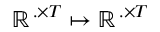
\mathbb { R } ^ { \, . \times T } \mapsto \mathbb { R } ^ { \, . \times T }